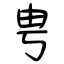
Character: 甹